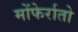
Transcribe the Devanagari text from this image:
मोंफेर्रातो